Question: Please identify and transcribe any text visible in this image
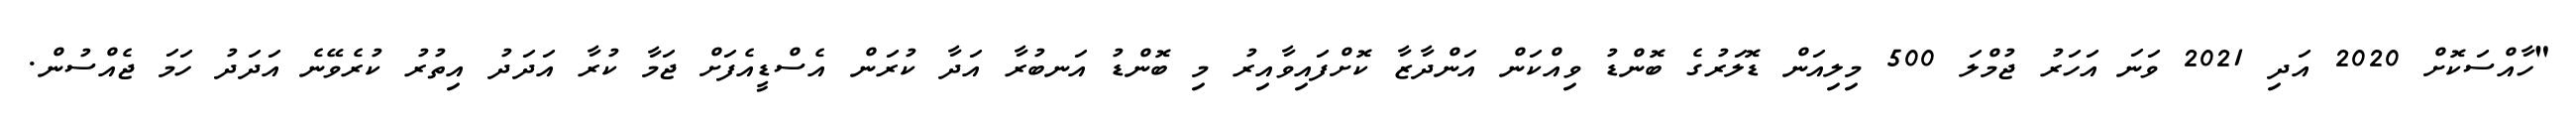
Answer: "ހާއްސަކޮށް 2020 އަދި 2021 ވަނަ އަހަރު ޖުމްލަ 500 މިލިއަން ޑޮލަރުގެ ބޮންޑު ވިއްކަން އަންދާޒާ ކޮށްފައިވާއިރު މި ބޮންޑު އަނބުރާ އަދާ ކުރަން އެސްޑީއެފަށް ޖަމާ ކުރާ އަދަދު އިތުރު ކުރެވޭނެ އަދަދު ހަމަ ޖެއްސުން.